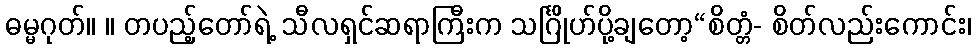
ဓမ္မဂုတ်။ ။ တပည့်တော်ရဲ့ သီလရှင်ဆရာကြီးက သင်္ဂြိုဟ်ပို့ချတော့“စိတ္တံ- စိတ်လည်းကောင်း၊